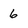
Character: 6